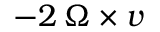
- 2 \, { \boldsymbol { \Omega \times v } }